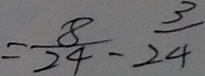
= \frac { 8 } { 2 4 } - \frac { 3 } { 2 4 }